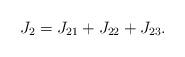
LaTeX: \begin{align*}J_{2} =J_{21} +J_{22} +J_{23}.\end{align*}